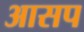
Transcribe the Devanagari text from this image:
आसप